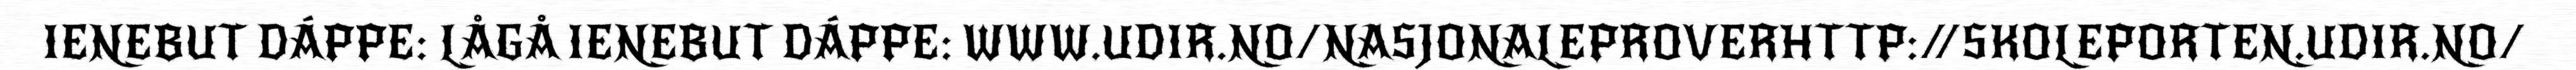
IENEBUT DÁPPE: LÅGÅ IENEBUT DÁPPE: WWW.UDIR.NO/NASJONALEPROVERHTTP://SKOLEPORTEN.UDIR.NO/